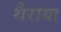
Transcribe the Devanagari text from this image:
थैराया